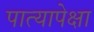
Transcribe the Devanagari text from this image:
पात्यापेक्षा